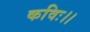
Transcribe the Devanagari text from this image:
कविः।।